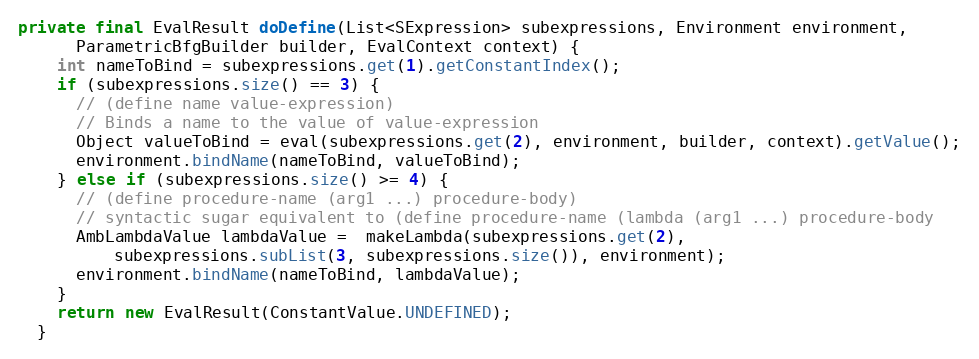
Language: Java
private final EvalResult doDefine(List<SExpression> subexpressions, Environment environment,
      ParametricBfgBuilder builder, EvalContext context) {
    int nameToBind = subexpressions.get(1).getConstantIndex();
    if (subexpressions.size() == 3) {
      // (define name value-expression)
      // Binds a name to the value of value-expression
      Object valueToBind = eval(subexpressions.get(2), environment, builder, context).getValue();
      environment.bindName(nameToBind, valueToBind);
    } else if (subexpressions.size() >= 4) {
      // (define procedure-name (arg1 ...) procedure-body)
      // syntactic sugar equivalent to (define procedure-name (lambda (arg1 ...) procedure-body
      AmbLambdaValue lambdaValue =  makeLambda(subexpressions.get(2),
          subexpressions.subList(3, subexpressions.size()), environment);
      environment.bindName(nameToBind, lambdaValue);
    }
    return new EvalResult(ConstantValue.UNDEFINED);
  }